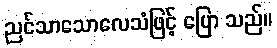
ညင်သာသောလေသံဖြင့် ပြော သည်။